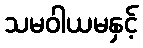
သမဝါယမနှင့်